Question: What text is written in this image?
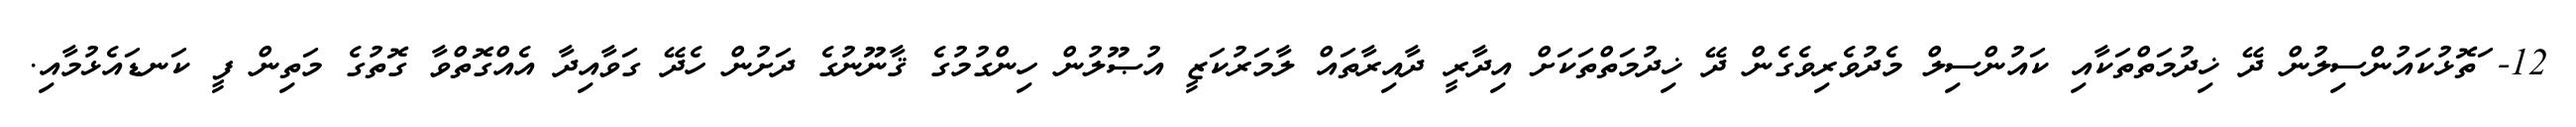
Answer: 12- ަތޮޅުކައުންސިލުން ދޭ ޚިދުމަތްތަކާއި ކައުންސިލް މެދުވެރިވެގެން ދޭ ޚިދުމަތްތަކަށް އިދާރީ ދާއިރާތައް ލާމަރުކަޒީ އުޞޫލުން ހިންގުމުގެ ޤާނޫނުގެ ދަށުން ހެދޭ ގަވާއިދާ އެއްގޮތްވާ ގޮތުގެ މަތިން ފީ ކަނޑައެޅުމާއި.